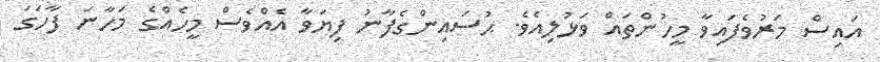
އައިސް މަރުވެފައިވާ މީހުންތައް ވަޅުލިއެވެ. ޙުސައިންގެފާނު ފިޔަވާ އެއްވެސް މީހެއްގެ މަހާނަ ފާހަގަ